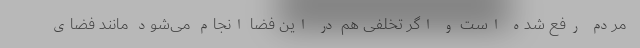
مردم رفع شده است و اگر تخلفی هم در این فضا انجام می‌شود مانند فضای